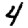
Digit: 4